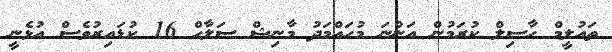
ތައުލީމް ހާސިލް ކުރަމުން އަންނަ މުހައްމަދު މާނިޝް ސަލާހް 16 ކުޑައިރުވެސް އުޅެނީ